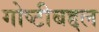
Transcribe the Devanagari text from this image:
गोष्टीबद्दल